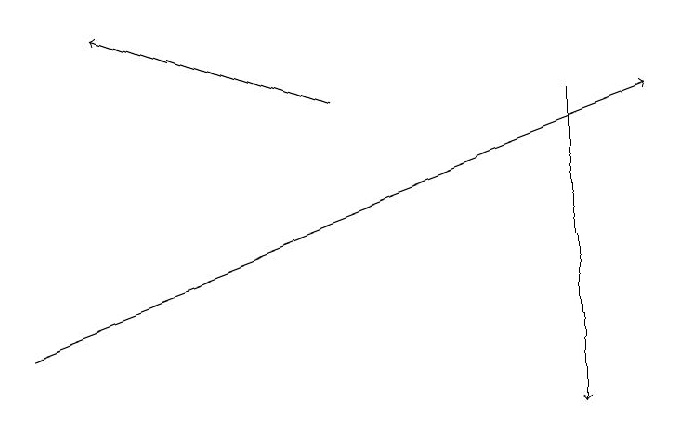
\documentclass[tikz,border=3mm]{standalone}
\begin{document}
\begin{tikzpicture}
\draw[->] (4,18) -- (1,19);
\draw[->] (0,15) -- (8,18);
\draw[->] (7,18) -- (7,14);
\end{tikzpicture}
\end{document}